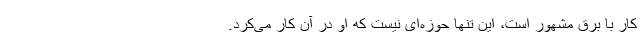
کار با برق مشهور است، این تنها حوزه‌ای نیست که او در آن کار می‌کرد.